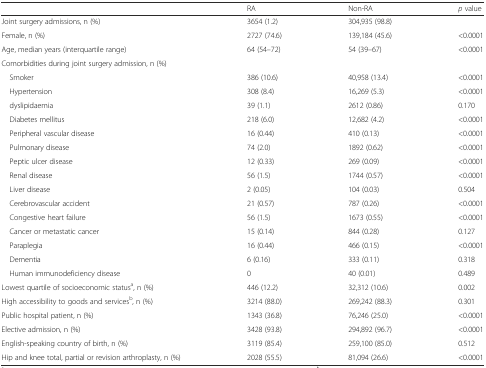
<table><thead><tr><td></td><td><b>RA</b></td><td><b>Non-RA</b></td><td><b><i>p</i> value</b></td></tr></thead><tbody><tr><td>Joint surgery admissions, n (%)</td><td>3654 (1.2)</td><td>304,935 (98.8)</td><td></td></tr><tr><td>Female, n (%)</td><td>2727 (74.6)</td><td>139,184 (45.6)</td><td>&lt;0.0001</td></tr><tr><td>Age, median years (interquartile range)</td><td>64 (54–72)</td><td>54 (39–67)</td><td>&lt;0.0001</td></tr><tr><td colspan="4">Comorbidities during joint surgery admission, n (%)</td></tr><tr><td> Smoker</td><td>386 (10.6)</td><td>40,958 (13.4)</td><td>&lt;0.0001</td></tr><tr><td> Hypertension</td><td>308 (8.4)</td><td>16,269 (5.3)</td><td>&lt;0.0001</td></tr><tr><td> dyslipidaemia</td><td>39 (1.1)</td><td>2612 (0.86)</td><td>0.170</td></tr><tr><td> Diabetes mellitus</td><td>218 (6.0)</td><td>12,682 (4.2)</td><td>&lt;0.0001</td></tr><tr><td> Peripheral vascular disease</td><td>16 (0.44)</td><td>410 (0.13)</td><td>&lt;0.0001</td></tr><tr><td> Pulmonary disease</td><td>74 (2.0)</td><td>1892 (0.62)</td><td>&lt;0.0001</td></tr><tr><td> Peptic ulcer disease</td><td>12 (0.33)</td><td>269 (0.09)</td><td>&lt;0.0001</td></tr><tr><td> Renal disease</td><td>56 (1.5)</td><td>1744 (0.57)</td><td>&lt;0.0001</td></tr><tr><td> Liver disease</td><td>2 (0.05)</td><td>104 (0.03)</td><td>0.504</td></tr><tr><td> Cerebrovascular accident</td><td>21 (0.57)</td><td>787 (0.26)</td><td>&lt;0.0001</td></tr><tr><td> Congestive heart failure</td><td>56 (1.5)</td><td>1673 (0.55)</td><td>&lt;0.0001</td></tr><tr><td> Cancer or metastatic cancer</td><td>15 (0.14)</td><td>844 (0.28)</td><td>0.127</td></tr><tr><td> Paraplegia</td><td>16 (0.44)</td><td>466 (0.15)</td><td>&lt;0.0001</td></tr><tr><td> Dementia</td><td>6 (0.16)</td><td>333 (0.11)</td><td>0.318</td></tr><tr><td> Human immunodeficiency disease</td><td>0</td><td>40 (0.01)</td><td>0.489</td></tr><tr><td>Lowest quartile of socioeconomic status<sup>a</sup>, n (%)</td><td>446 (12.2)</td><td>32,312 (10.6)</td><td>0.002</td></tr><tr><td>High accessibility to goods and services<sup>b</sup>, n (%)</td><td>3214 (88.0)</td><td>269,242 (88.3)</td><td>0.301</td></tr><tr><td>Public hospital patient, n (%)</td><td>1343 (36.8)</td><td>76,246 (25.0)</td><td>&lt;0.0001</td></tr><tr><td>Elective admission, n (%)</td><td>3428 (93.8)</td><td>294,892 (96.7)</td><td>&lt;0.0001</td></tr><tr><td>English-speaking country of birth, n (%)</td><td>3119 (85.4)</td><td>259,100 (85.0)</td><td>0.512</td></tr><tr><td>Hip and knee total, partial or revision arthroplasty, n (%)</td><td>2028 (55.5)</td><td>81,094 (26.6)</td><td>&lt;0.0001</td></tr></tbody></table>